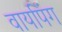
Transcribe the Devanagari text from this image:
वायपिंग